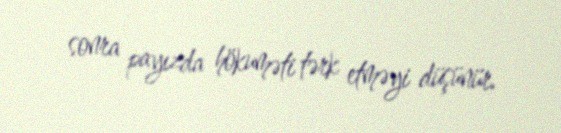
sonra payızda hökuməti tərk etməyi düşünür.